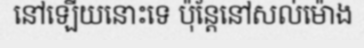
នៅឡើយនោះទេ ប៉ុន្តែនៅសល់ម៉ោង